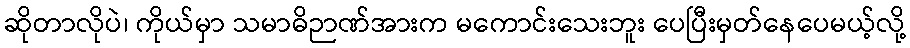
ဆိုတာလိုပဲ၊ ကိုယ်မှာ သမာဓိဉာဏ်အားက မကောင်းသေးဘူး ပေပြီးမှတ်နေပေမယ့်လို့